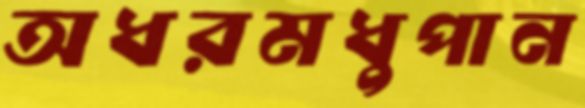
অধরমধুপান